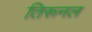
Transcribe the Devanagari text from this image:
तिरूनल